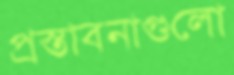
প্রস্তাবনাগুলো